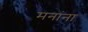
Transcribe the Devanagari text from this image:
मनांना